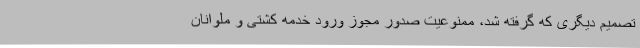
تصمیم دیگری که گرفته شد، ممنوعیت صدور مجوز ورود خدمه کشتی و ملوانان